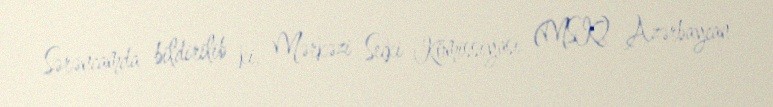
Sərəncamda bildirilib ki, Mərkəzi Seçki Komissiyası (MSK) Azərbaycan